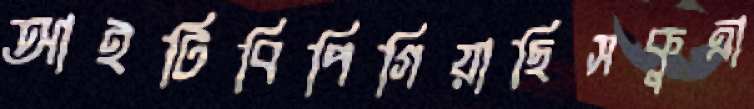
আইটিবিপিগিয়াছিসকুত্রা